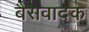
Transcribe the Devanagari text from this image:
बैसवादक